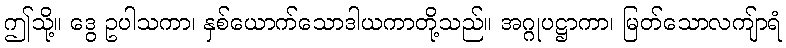
ဤသို့။ ဒွေ ဥပါသကာ၊ နှစ်ယောက်သောဒါယကာတို့သည်။ အဂ္ဂုပဋ္ဌာကာ၊ မြတ်သောလကျ်ာရံ